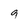
Character: 9